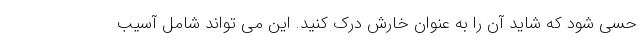
حسی شود که شاید آن را به عنوان خارش درک کنید. این می تواند شامل آسیب